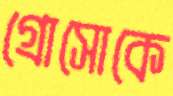
গ্রোসোকে